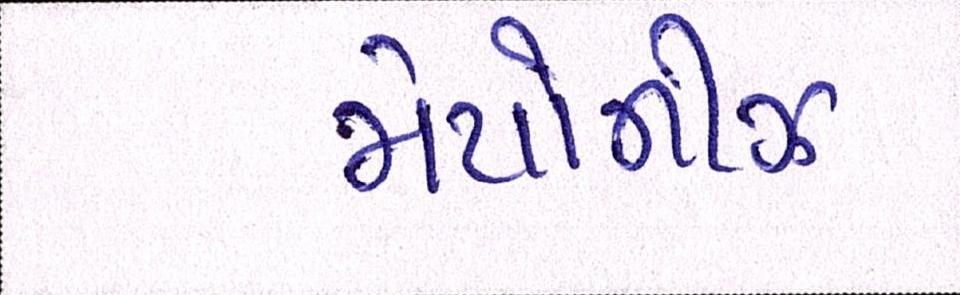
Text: મેયોનીઝ